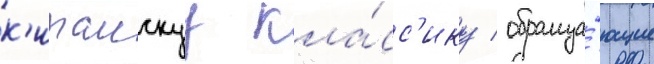
к'итаискуу кла́сс'ику / обраща́ющие